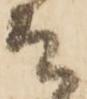
そ